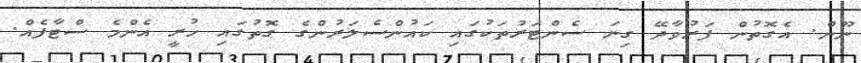
ނޫން. އެގޮތުން ފަރުވާދޭ ގިނަ ސެންޓަރުތަކުގައި ކައުންސެލަރުންގެ ގޮތުގައި ހުރީ އެންމެ ސްޓާފެއް.